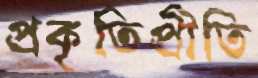
প্রকৃতিপ্রীতি